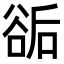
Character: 𧮶